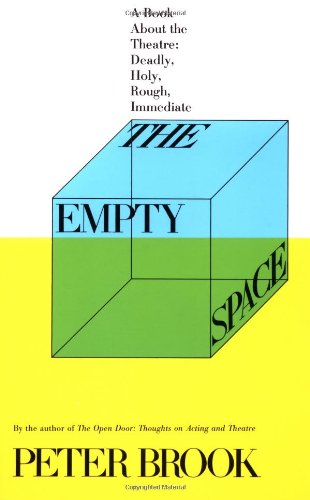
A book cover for The Empty Space: A Book About the Theatre: Deadly, Holy, Rough, Immediate; Peter Brook; Humor & Entertainment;